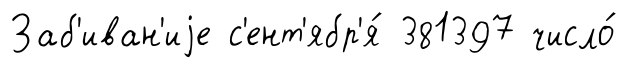
Заб'иван'иjе с'ент'ябр'я́ 381397 число́